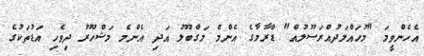
އެހެންވީމަ "މުހައްމަދުއްރަސޫލުއް" ޑްރާމާގެ އެންމެ މަގްބޫލު އަދި އެންމެ މަޝްހޫރު ދިވެހި އަޑުތަކުގެ